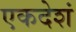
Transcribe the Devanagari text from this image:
एकदेशं